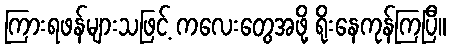
ကြားရဖန်များသဖြင့် ကလေးတွေအဖို့ ရိုးနေကုန်ကြပြီ။